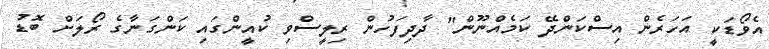
އެވޯޑަކީ އަހަރެން އިސްކަންދޭ ކަމެއްނޫން" ދާދިފަހުން ރިލީސްވި ކުއީންގައި ކަންގަނާގެ ރޯލަށް ބޮޑު